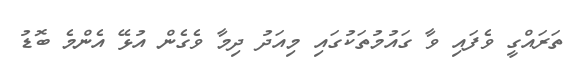
ތަރައްގީ ވެފައި ވާ ގައުމުތަކުގައި މިއަދު ދިމާ ވެގެން އުޅޭ އެންމެ ބޮޑު